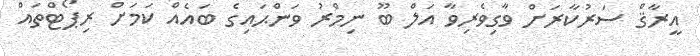
އީރާޤް ސަރުކާރަށް ވާގިވެރިވާ އަލް ބޫ ނިމްރު ވަންޙައިގެ ބައެއް ކަމަށް ރިޕޯޓްތައް